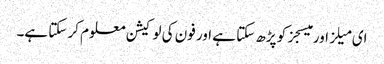
ای میلز اور میسجز کو پڑھ سکتا ہے اور فون کی لوکیشن معلوم کر سکتا ہے۔